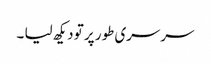
سرسری طور پر تو دیکھ لیا ۔